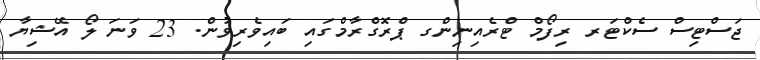
ޖަސްޓިސް ސެކްޓަރ ރިފޯމް ޓްރެއިނިންގ ޕްރޮގްރާމްގައި ބައިވެރިވުން. 23 ވަނަ ލޯ އޭޝިޔާ